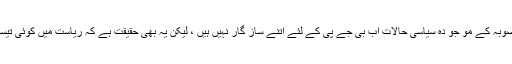
اس منظر نامہ اور بے قراری میں ایسا لگتا ہے کہ صوبہ کے مو جو دہ سیاسی حالات اب بی جے پی کے لئے اتنے ساز گار نہیں ہیں ، لیکن یہ بھی حقیقت ہے کہ ریاست میں کوئی تیسری متبادل سیکولر سیاسی قوت بھی موجود نہیں ہے۔